Sanitation, dispensaries and jails vaccination Rajputana 1922-1927 - 1922-1927
Year: 1922
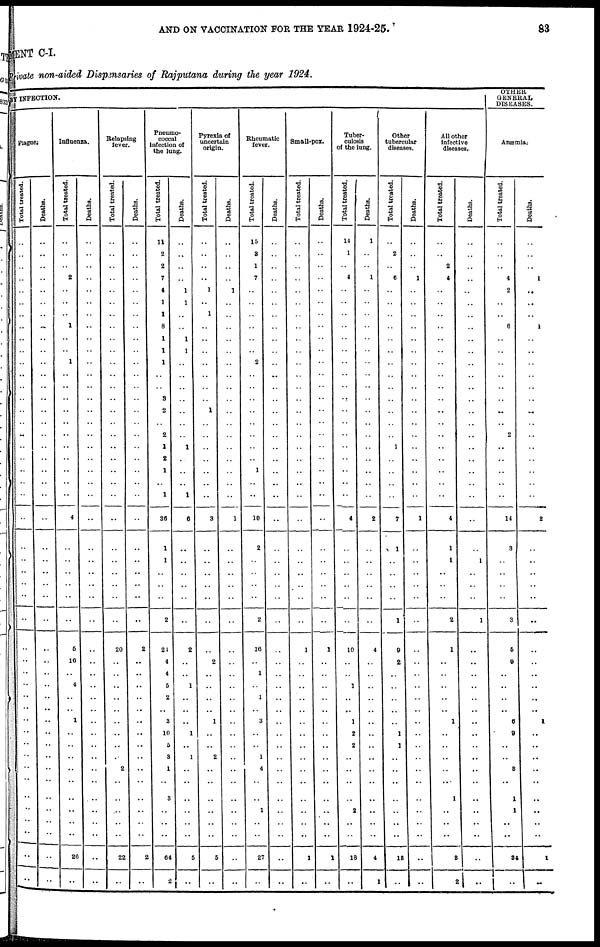
AND ON VACCINATION FOR THE YEAR 1924-25.
83
MENT C-I.
Private non-aided Dispensaries of Rajputana during the year 1924.
BY INFECTION.
Plague.
Total treated.
..
..
..
..
..
..
..
..
..
..
..
..
..
..
..
..
..
..
..
..
..
..
..
..
..
..
..
..
..
..
..
..
..
..
..
..
..
..
..
..
..
..
..
..
..
..
..
Deaths.
..
..
..
..
..
..
..
..
..
..
..
..
..
..
..
..
..
..
..
..
..
..
..
..
..
..
..
..
..
..
..
..
..
..
..
..
..
..
..
..
..
..
..
..
..
..
..
Influenza.
Total treated.
..
..
..
2
..
..
..
1
..
..
1
..
..
..
..
..
..
..
..
..
..
..
4
..
..
..
..
..
..
5
16
..
4
..
..
1
..
..
..
..
..
..
..
..
..
26
..
Deaths.
..
..
..
..
..
..
..
..
..
..
..
..
..
..
..
..
..
..
..
..
..
..
..
..
..
..
..
..
..
..
..
..
..
..
..
..
..
..
..
..
..
..
..
..
..
..
..
Relapsing
fever.
Total treated.
..
..
..
..
..
..
..
..
..
..
..
..
..
..
..
..
..
..
..
..
..
..
..
..
..
..
..
..
..
20
..
..
..
..
..
..
..
..
..
2
..
..
..
..
..
22
..
Deaths.
..
..
..
..
..
..
..
..
..
..
..
..
..
..
..
..
..
..
..
..
..
..
..
..
..
..
..
..
..
2
..
..
..
..
..
..
..
..
..
..
..
..
..
..
..
2
..
Pneumo¬
coccal
infection of
the lung.
Total treated.
11
2
2
7
4
1
1
8
1
1
1
..
..
3
2
..
2
1
2
1
..
1
36
1
1
..
..
..
2
24
4
4
5
2
..
3
10
5
3
1
..
3
..
..
..
64
2
Deaths.
..
..
..
..
1
1
..
..
1
1
..
..
..
..
..
..
..
1
..
..
..
1
6
..
..
..
..
..
..
2
..
..
1
..
..
..
1
..
1
..
..
..
..
..
..
5
..
Pyrexia of
uncertain
origin.
Total treated.
..
..
..
..
1
..
1
..
..
..
..
..
..
..
1
..
..
..
..
..
..
..
3
..
..
..
..
..
..
..
2
..
..
..
..
1
..
..
2
..
..
..
..
..
..
5
..
Deaths.
..
..
..
..
1
..
..
..
..
..
..
..
..
..
..
..
..
..
..
..
..
..
1
..
..
..
..
..
..
..
..
..
..
..
..
..
..
..
..
..
..
..
..
..
..
..
..
Rheumatic
fever.
Total treated.
15
3
1
7
..
..
..
..
..
..
2
..
..
..
..
..
..
..
..
1
..
..
10
2
..
..
..
..
2
16
..
1
..
1
..
3
..
..
1
4
..
..
1
..
..
27
..
Deaths.
..
..
..
..
..
..
..
..
..
..
..
..
..
..
..
..
..
..
..
..
..
..
..
..
..
..
..
..
..
..
..
..
..
..
..
..
..
..
..
..
..
..
..
..
..
..
..
Small-pox.
Total treated.
..
..
..
..
..
..
..
..
..
..
..
..
..
..
..
..
..
..
..
..
..
..
..
..
..
..
..
..
..
1
..
..
..
..
..
..
..
..
..
..
..
..
..
..
..
1
..
Deaths.
..
..
..
..
..
..
..
..
..
..
..
..
..
..
..
..
..
..
..
..
..
..
..
..
..
..
..
..
..
1
..
..
..
..
..
..
..
..
..
..
..
..
..
..
..
1
..
Tuber-
culosis
of the lung.
Total treated.
14
1
..
4
..
..
..
..
..
..
..
..
..
..
..
..
..
..
..
..
..
..
4
..
..
..
..
..
..
10
..
..
1
..
..
1
2
2
..
..
..
..
2
..
..
18
..
Deaths.
1
..
..
1
..
..
..
..
..
..
..
..
..
..
..
..
..
..
..
..
..
..
2
..
..
..
..
..
..
4
..
..
..
..
..
..
..
..
..
..
..
..
..
..
..
4
..
Other
tubercular
diseases.
Total treated.
..
2
..
6
..
..
..
..
..
..
..
..
..
..
..
..
..
1
..
..
..
..
7
1
..
..
..
..
1
9
2
..
..
..
..
..
1
1
..
..
..
..
..
..
..
18
1
Deaths.
..
..
..
1
..
..
..
..
..
..
..
..
..
..
..
..
..
..
..
..
..
..
1
..
..
..
..
..
..
..
..
..
..
..
..
..
..
..
..
..
..
..
..
..
..
..
..
All other
infective
diseases.
Total treated.
..
..
2
4
..
..
..
..
..
..
..
..
..
..
..
..
..
..
..
..
..
..
4
1
1
..
..
..
2
1
..
..
..
..
..
1
..
..
..
..
..
1
..
..
..
..
..
Deaths.
..
..
..
..
..
..
..
..
..
..
..
..
..
..
..
..
..
..
..
..
..
..
..
..
1
..
..
..
1
..
..
..
..
..
..
..
..
..
..
..
..
..
..
..
..
..
2
OTHER
GENERAL
DISEASES.
Anæmia.
Total treated.
..
..
..
4
2
..
..
6
..
..
..
..
..
..
..
..
2
..
..
..
..
..
14
3
..
..
..
..
3
5
9
..
..
..
..
6
9
..
..
3
..
1
1
..
..
84
..
Deaths.
..
..
..
1
..
..
..
1
..
..
..
..
..
..
..
..
..
..
..
..
..
..
2
..
..
..
..
..
..
..
..
..
..
..
..
1
..
..
..
..
..
..
..
..
..
1
..